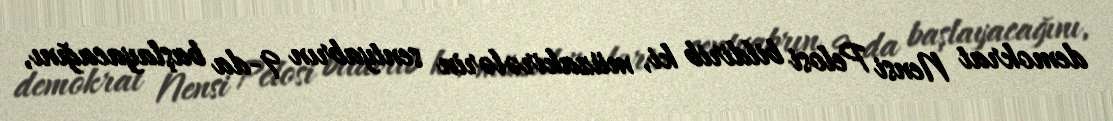
demokrat Nensi Pelosi bildirib ki, müzakirələrin sentyabrın 9-da başlayacağını,